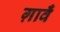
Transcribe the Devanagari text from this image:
ग़ावँ